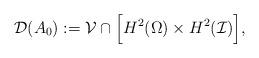
LaTeX: \begin{align*}\mathcal{D}(A_0):= \mathcal{V} \cap \Big [{H}^2(\Omega)\times H^2(\mathcal{I})\Big],\end{align*}